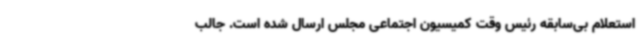
استعلام بی‌سابقه رئیس وقت کمیسیون اجتماعی مجلس ارسال شده است. جالب